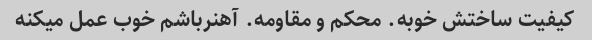
کیفیت ساختش خوبه. محکم و مقاومه. آهنرباشم خوب عمل میکنه